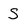
Character: s